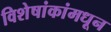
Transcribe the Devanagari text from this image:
विशेषांकांमधून